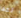
لقد